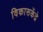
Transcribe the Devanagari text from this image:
विकासकेंद्रे